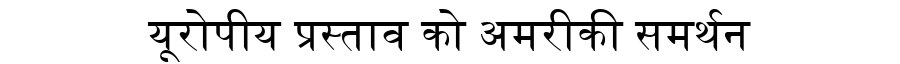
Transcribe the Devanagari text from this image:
यूरोपीय प्रस्ताव को अमरीकी समर्थन